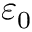
\varepsilon _ { 0 }